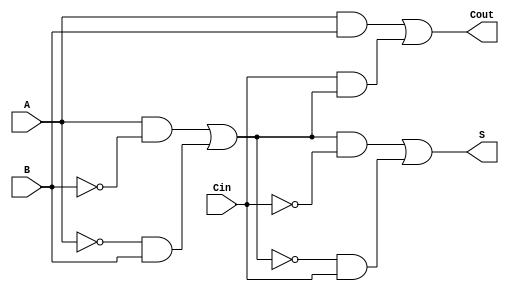
module TransmissionGateFullAdder (
    input wire A,    // First input bit
    input wire B,    // Second input bit
    input wire Cin,  // Carry input bit
    output wire S,   // Sum output bit
    output wire Cout  // Carry output bit
);

// Intermediate signals
wire AxorB;       // Intermediate XOR output (A  B)
wire and1, and2;  // Intermediate AND outputs

// First stage: Calculate A  B using transmission gates
assign AxorB = (A & ~B) | (~A & B); // A  B

// Second stage: Calculate S = (A  B)  Cin
assign S = (AxorB & ~Cin) | (~AxorB & Cin); // S = A  B  Cin

// Carry calculation: Cout = (A & B) | (Cin & (A  B))
assign and1 = A & B;                          // A AND B
assign and2 = Cin & AxorB;                    // Cin AND (A  B)
assign Cout = and1 | and2;                     // Cout = (A AND B) OR (Cin AND (A  B))

endmodule